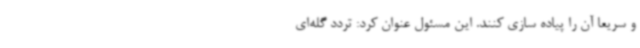
و سریعاً آن را پیاده سازی کنند. این مسئول عنوان کرد: تردد گله‌ای